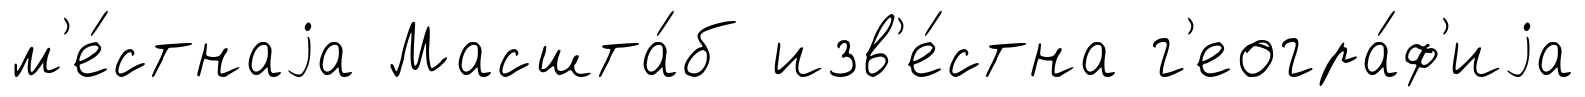
м'е́стнаjа Масшта́б изв'е́стна г'еогра́ф'иjа